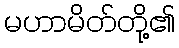
မဟာမိတ်တို့၏